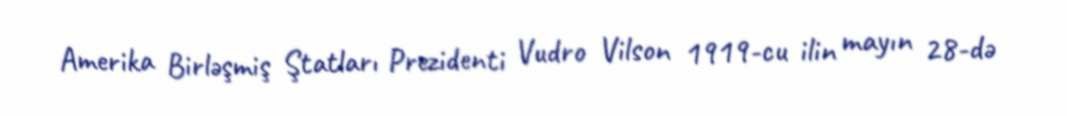
Amerika Birləşmiş Ştatları Prezidenti Vudro Vilson 1919-cu ilin mayın 28-də